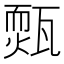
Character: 𤮁